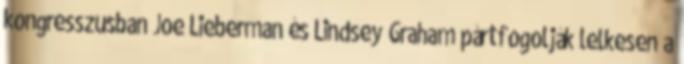
kongresszusban Joe Lieberman és Lindsey Graham pártfogolják lelkesen a